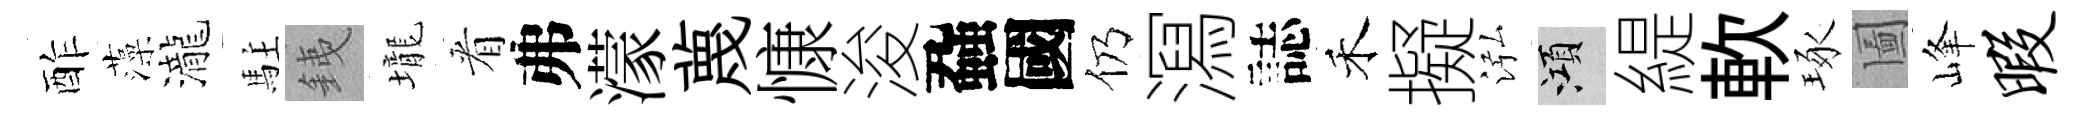
酢藻瀧駐銕壠㸔弗濛蔑慷浚蝨國仍㵼誌禾擬泓澒緹軟琢圗峰暇